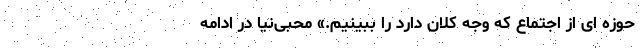
حوزه ای از اجتماع که وجه کلان دارد را ببینیم.» محبی‌نیا در ادامه